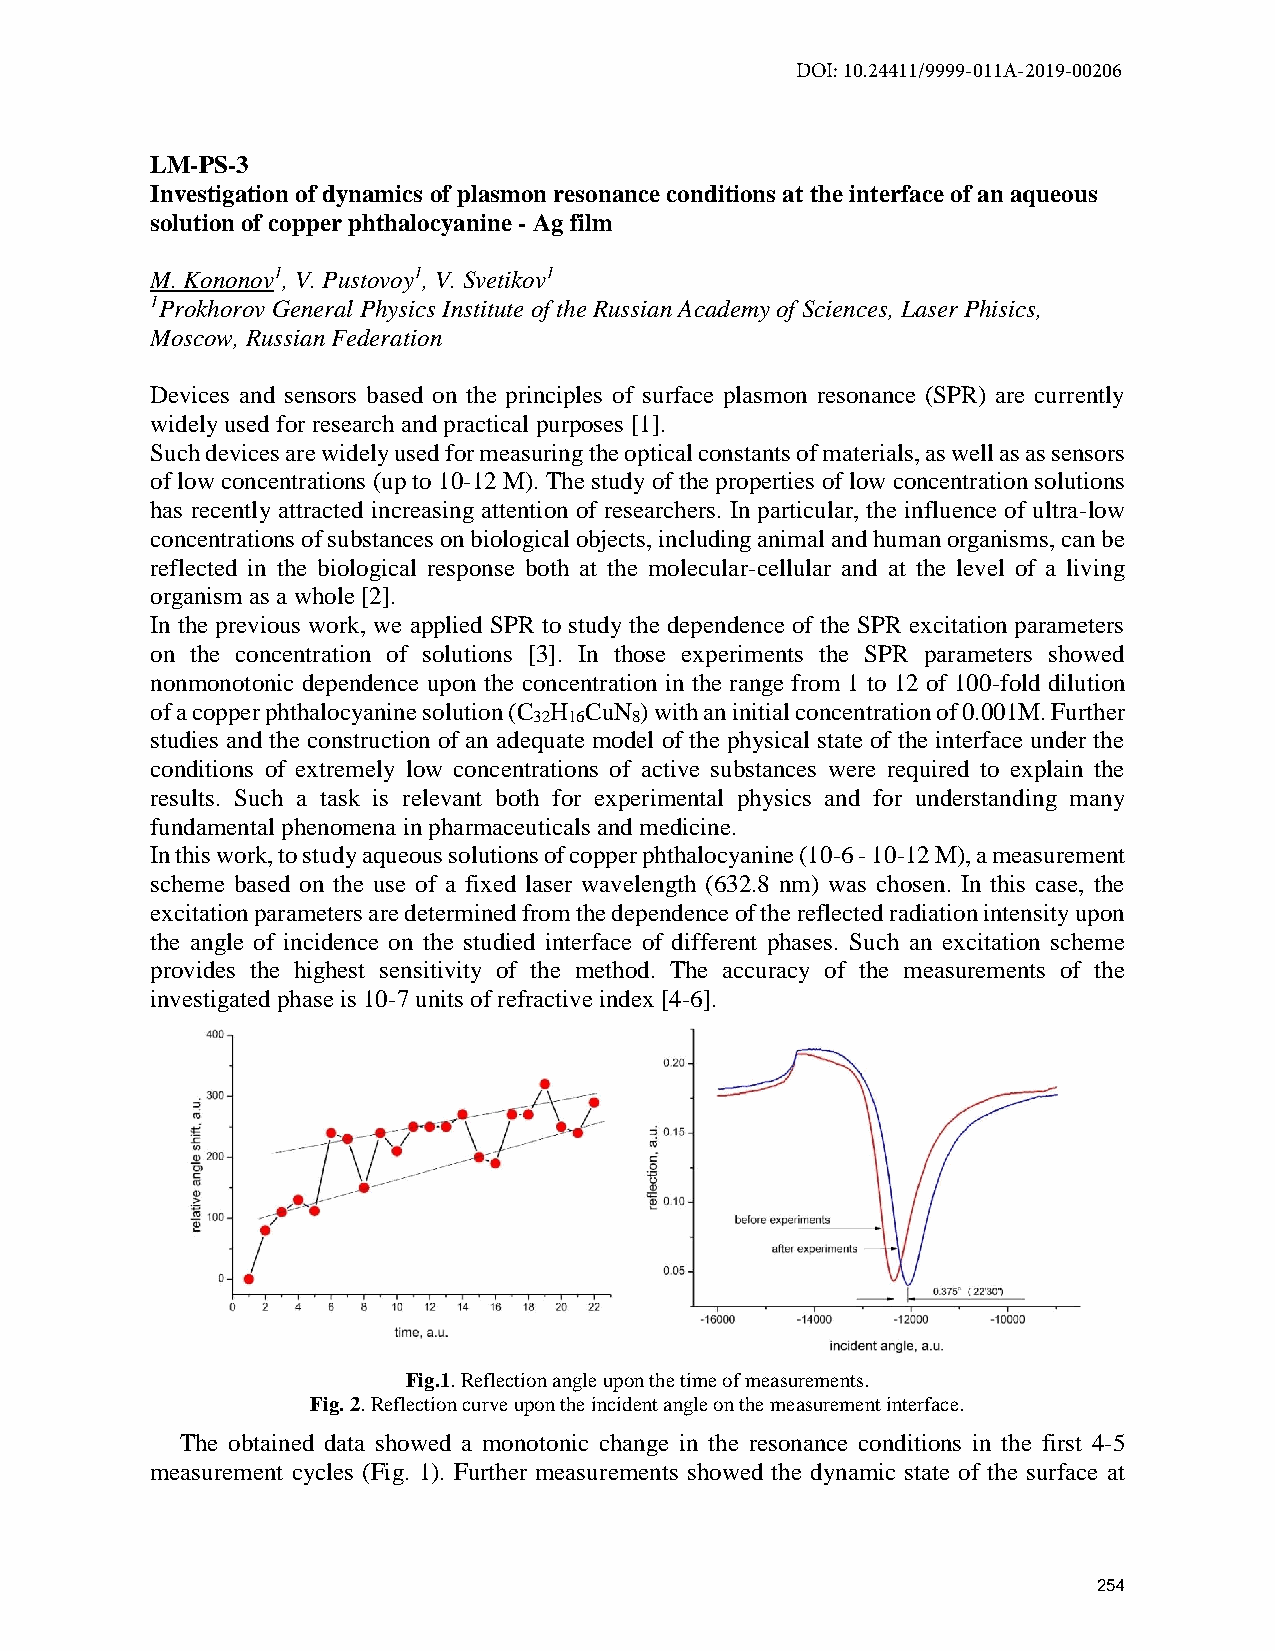
DOI: 10.24411/9999-011A-2019-00206
 LM-PS-3
 Investigation of dynamics of plasmon resonance conditions at the interface of an aqueous
 solution of copper phthalocyanine - Ag film
 M. Kononov1, V. Pustovoy1, V. Svetikov1
 1Prokhorov General Physics Institute of the Russian Academy of Sciences, Laser Phisics,
 Moscow, Russian Federation
 Devices and sensors based on the principles of surface plasmon resonance (SPR) are currently
 widely used for research and practical purposes [1].
 Such devices are widely used for measuring the optical constants of materials, as well as as sensors
 of low concentrations (up to 10-12 M). The study of the properties of low concentration solutions
 has recently attracted increasing attention of researchers. In particular, the influence of ultra-low
 concentrations of substances on biological objects, including animal and human organisms, can be
 reflected in the biological response both at the molecular-cellular and at the level of a living
 organism as a whole [2].
 In the previous work, we applied SPR to study the dependence of the SPR excitation parameters
 on the concentration of solutions [3]. In those experiments the SPR parameters showed
 nonmonotonic dependence upon the concentration in the range from 1 to 12 of 100-fold dilution
 of a copper phthalocyanine solution (C H CuN ) with an initial concentration of 0.001M. Further
 32 16  8
 studies and the construction of an adequate model of the physical state of the interface under the
 conditions of extremely low concentrations of active substances were required to explain the
 results. Such a task is relevant both for experimental physics and for understanding many
 fundamental phenomena in pharmaceuticals and medicine.
 In this work, to study aqueous solutions of copper phthalocyanine (10-6 - 10-12 M), a measurement
 scheme based on the use of a fixed laser wavelength (632.8 nm) was chosen. In this case, the
 excitation parameters are determined from the dependence of the reflected radiation intensity upon
 the angle of incidence on the studied interface of different phases. Such an excitation scheme
 provides the highest sensitivity of the method. The accuracy of the measurements of the
 investigated phase is 10-7 units of refractive index [4-6].
 Fig.1. Reflection angle upon the time of measurements.
 Fig. 2. Reflection curve upon the incident angle on the measurement interface.
 The obtained data showed a monotonic change in the resonance conditions in the first 4-5
 measurement cycles (Fig. 1). Further measurements showed the dynamic state of the surface at
 254